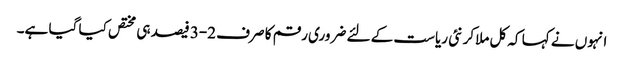
انہوں نے کہا کہ کل ملاکر نئی ریاست کے لئے ضروری رقم کا صرف 2-3 فیصد ہی مختص کیا گیا ہے۔